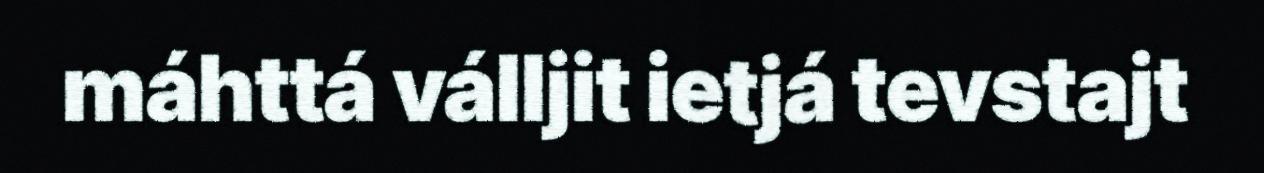
máhttá válljit ietjá tevstajt